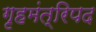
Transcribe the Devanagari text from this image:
गृहमंत्रिपद